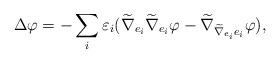
LaTeX: \begin{align*}\Delta \varphi =-\sum_{i} \varepsilon_i (\widetilde\nabla_{e_{i}}\widetilde\nabla_{e_{i}}\varphi -\widetilde\nabla_{\widetilde\nabla_{e_{i}}e_{i}}\varphi ),\end{align*}